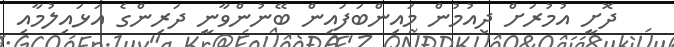
ދޮށީ އުމުރަށް ދިއުމުން މައިންބަފައިން ބޭނުންވާނީ ދަރިންގެ އަޅައިލުމާއި